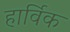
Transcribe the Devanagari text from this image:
हार्विक